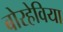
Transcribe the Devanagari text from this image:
बोरहेविया